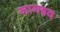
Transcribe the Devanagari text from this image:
नागह्रद